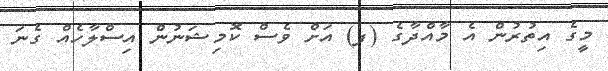
މީގެ އިތުރުން އެ މާއްދާގެ (ފ) އަށް ވެސް ކޮމިޝަނުން އިސްލާހެއް ގެނަ